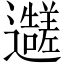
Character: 𬩭